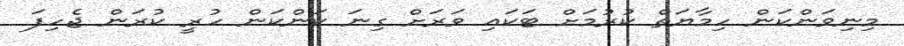
މިނިވަންކަން ހިމާޔަތް ކުރުމަށް ޓަކަައި ވަރަށް ގިނަ ކަަންކަން ހުރީ ކުރަން ޖެހިފަ